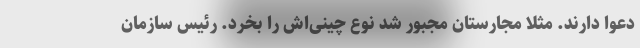
دعوا دارند. مثلا مجارستان مجبور شد نوع چینی‌اش را بخرد. رئیس سازمان